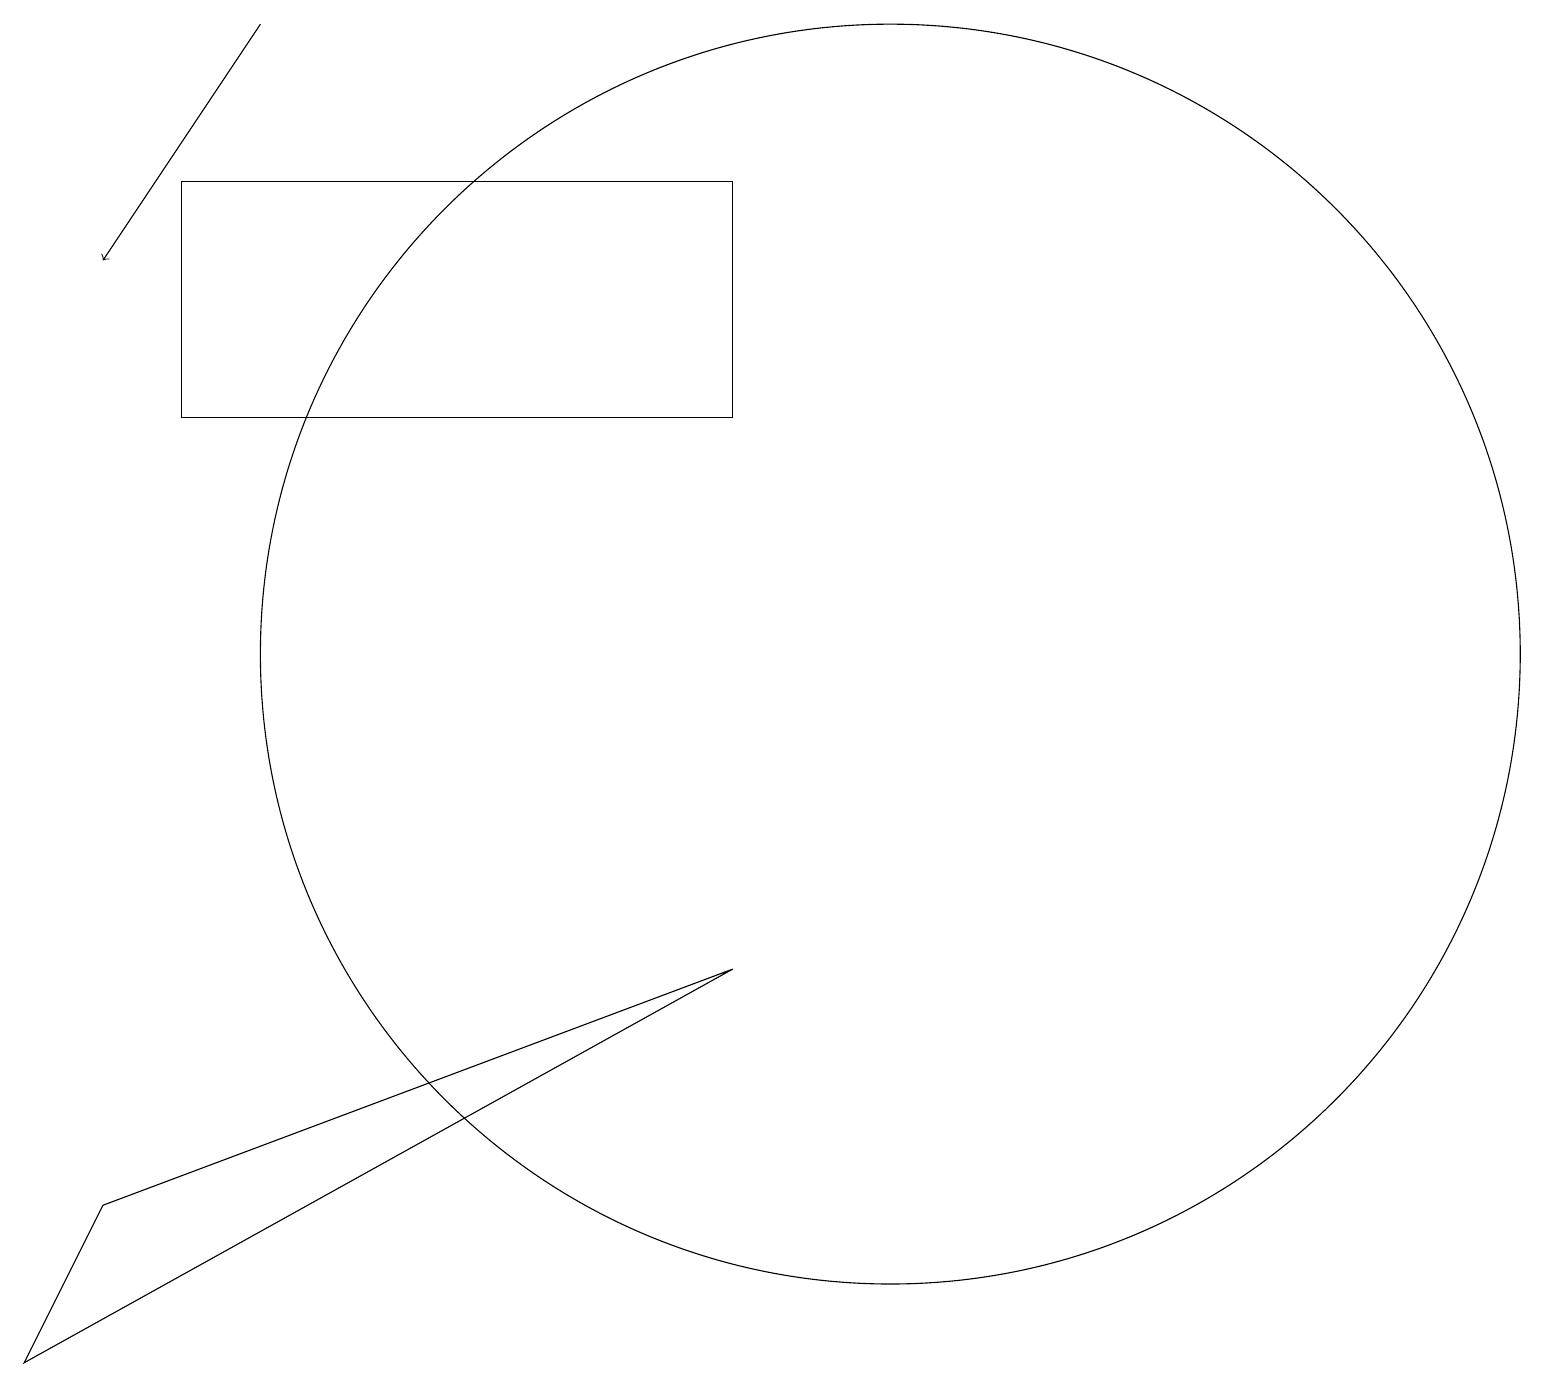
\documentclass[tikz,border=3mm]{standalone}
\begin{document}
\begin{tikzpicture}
\draw (0,1) -- (9,6) -- (1,3) -- cycle;
\draw (2,13) rectangle (9,16);
\draw (11,10) circle (8);
\draw[->] (3,18) -- (1,15);
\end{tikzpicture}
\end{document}